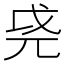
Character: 𫵐